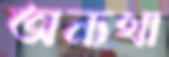
অন্যথা